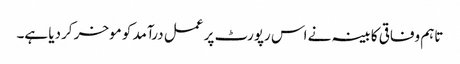
تاہم وفاقی کابینہ نے اس رپورٹ پر عمل درآمد کو موخر کردیا ہے۔